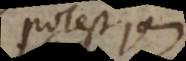
potest jam